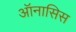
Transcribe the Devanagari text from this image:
ऑनासिस